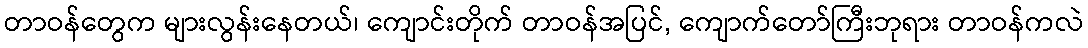
တာဝန်တွေက များလွန်းနေတယ်၊ ကျောင်းတိုက် တာဝန်အပြင်, ကျောက်တော်ကြီးဘုရား တာဝန်ကလဲ